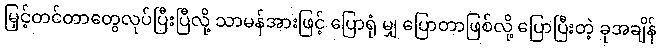
မြှင့်တင်တာတွေလုပ်ပြီးပြီလို့ သာမန်အားဖြင့် ပြောရုံ မျှ ပြောတာဖြစ်လို့ ပြောပြီးတဲ့ ခုအချိန်